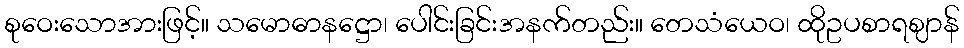
စုဝေးသောအားဖြင့်။ သမောဓာနဋ္ဌော၊ ပေါင်းခြင်းအနက်တည်း။ တေသံယေဝ၊ ထိုဥပစာရဈာန်